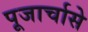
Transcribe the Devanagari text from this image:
पूजार्चासे